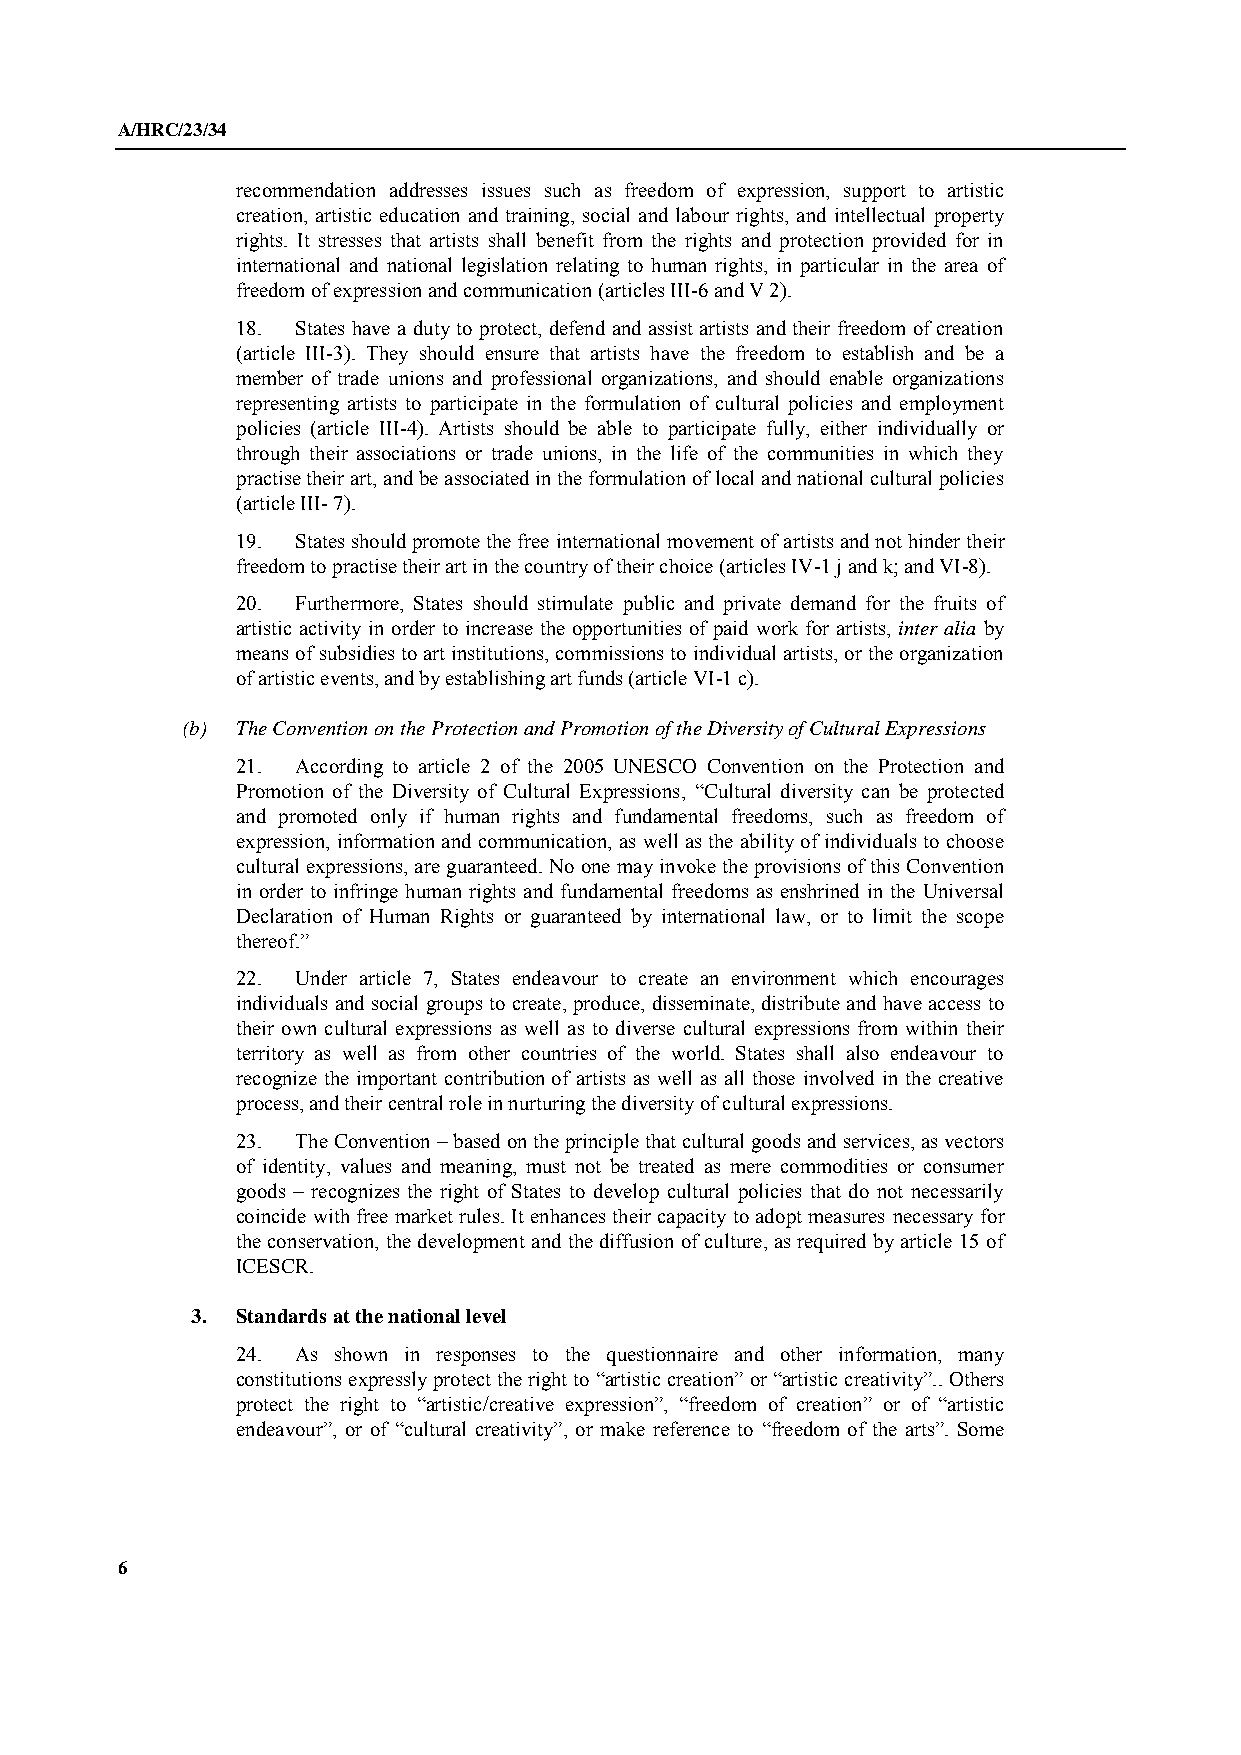
A/HRC/23/34
 recommendation addresses issues such as freedom of expression, support to artistic
 creation, artistic education and training, social and labour rights, and intellectual property
 rights. It stresses that artists shall benefit from the rights and protection provided for in
 international and national legislation relating to human rights, in particular in the area of
 freedom of expression and communication (articles III-6 and V 2).
 18. States have a duty to protect, defend and assist artists and their freedom of creation
 (article III-3). They should ensure that artists have the freedom to establish and be a
 member of trade unions and professional organizations, and should enable organizations
 representing artists to participate in the formulation of cultural policies and employment
 policies (article III-4). Artists should be able to participate fully, either individually or
 through their associations or trade unions, in the life of the communities in which they
 practise their art, and be associated in the formulation of local and national cultural policies
 (article III- 7).
 19. States should promote the free international movement of artists and not hinder their
 freedom to practise their art in the country of their choice (articles IV-1 j and k; and VI-8).
 20. Furthermore, States should stimulate public and private demand for the fruits of
 artistic activity in order to increase the opportunities of paid work for artists, inter alia by
 means of subsidies to art institutions, commissions to individual artists, or the organization
 of artistic events, and by establishing art funds (article VI-1 c).
 (b) The Convention on the Protection and Promotion of the Diversity of Cultural Expressions
 21. According to article 2 of the 2005 UNESCO Convention on the Protection and
 Promotion of the Diversity of Cultural Expressions, “Cultural diversity can be protected
 and promoted only if human rights and fundamental freedoms, such as freedom of
 expression, information and communication, as well as the ability of individuals to choose
 cultural expressions, are guaranteed. No one may invoke the provisions of this Convention
 in order to infringe human rights and fundamental freedoms as enshrined in the Universal
 Declaration of Human Rights or guaranteed by international law, or to limit the scope
 thereof.”
 22. Under article 7, States endeavour to create an environment which encourages
 individuals and social groups to create, produce, disseminate, distribute and have access to
 their own cultural expressions as well as to diverse cultural expressions from within their
 territory as well as from other countries of the world. States shall also endeavour to
 recognize the important contribution of artists as well as all those involved in the creative
 process, and their central role in nurturing the diversity of cultural expressions.
 23. The Convention – based on the principle that cultural goods and services, as vectors
 of identity, values and meaning, must not be treated as mere commodities or consumer
 goods – recognizes the right of States to develop cultural policies that do not necessarily
 coincide with free market rules. It enhances their capacity to adopt measures necessary for
 the conservation, the development and the diffusion of culture, as required by article 15 of
 ICESCR.
 3. Standards at the national level
 24. As shown in responses to the questionnaire and other information, many
 constitutions expressly protect the right to “artistic creation” or “artistic creativity”.. Others
 protect the right to “artistic/creative expression”, “freedom of creation” or of “artistic
 endeavour”, or of “cultural creativity”, or make reference to “freedom of the arts”. Some
 6